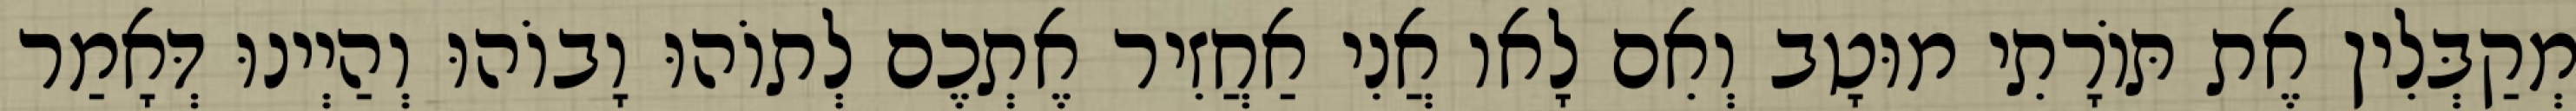
מְקַבְּלִין אֶת תּוֹרָתִי מוּטָב וְאִם לָאו אֲנִי אַחֲזִיר אֶתְכֶם לְתוֹהוּ וָבוֹהוּ וְהַיְינוּ דְּאָמַר